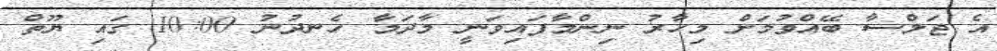
އެ ޖަލްސާ ބޭއްވުމަށް މިހާރު ނިންމާފައިވަނީ މާދަމާ ހެނދުނު 10:00 ގައި ޔޫތް